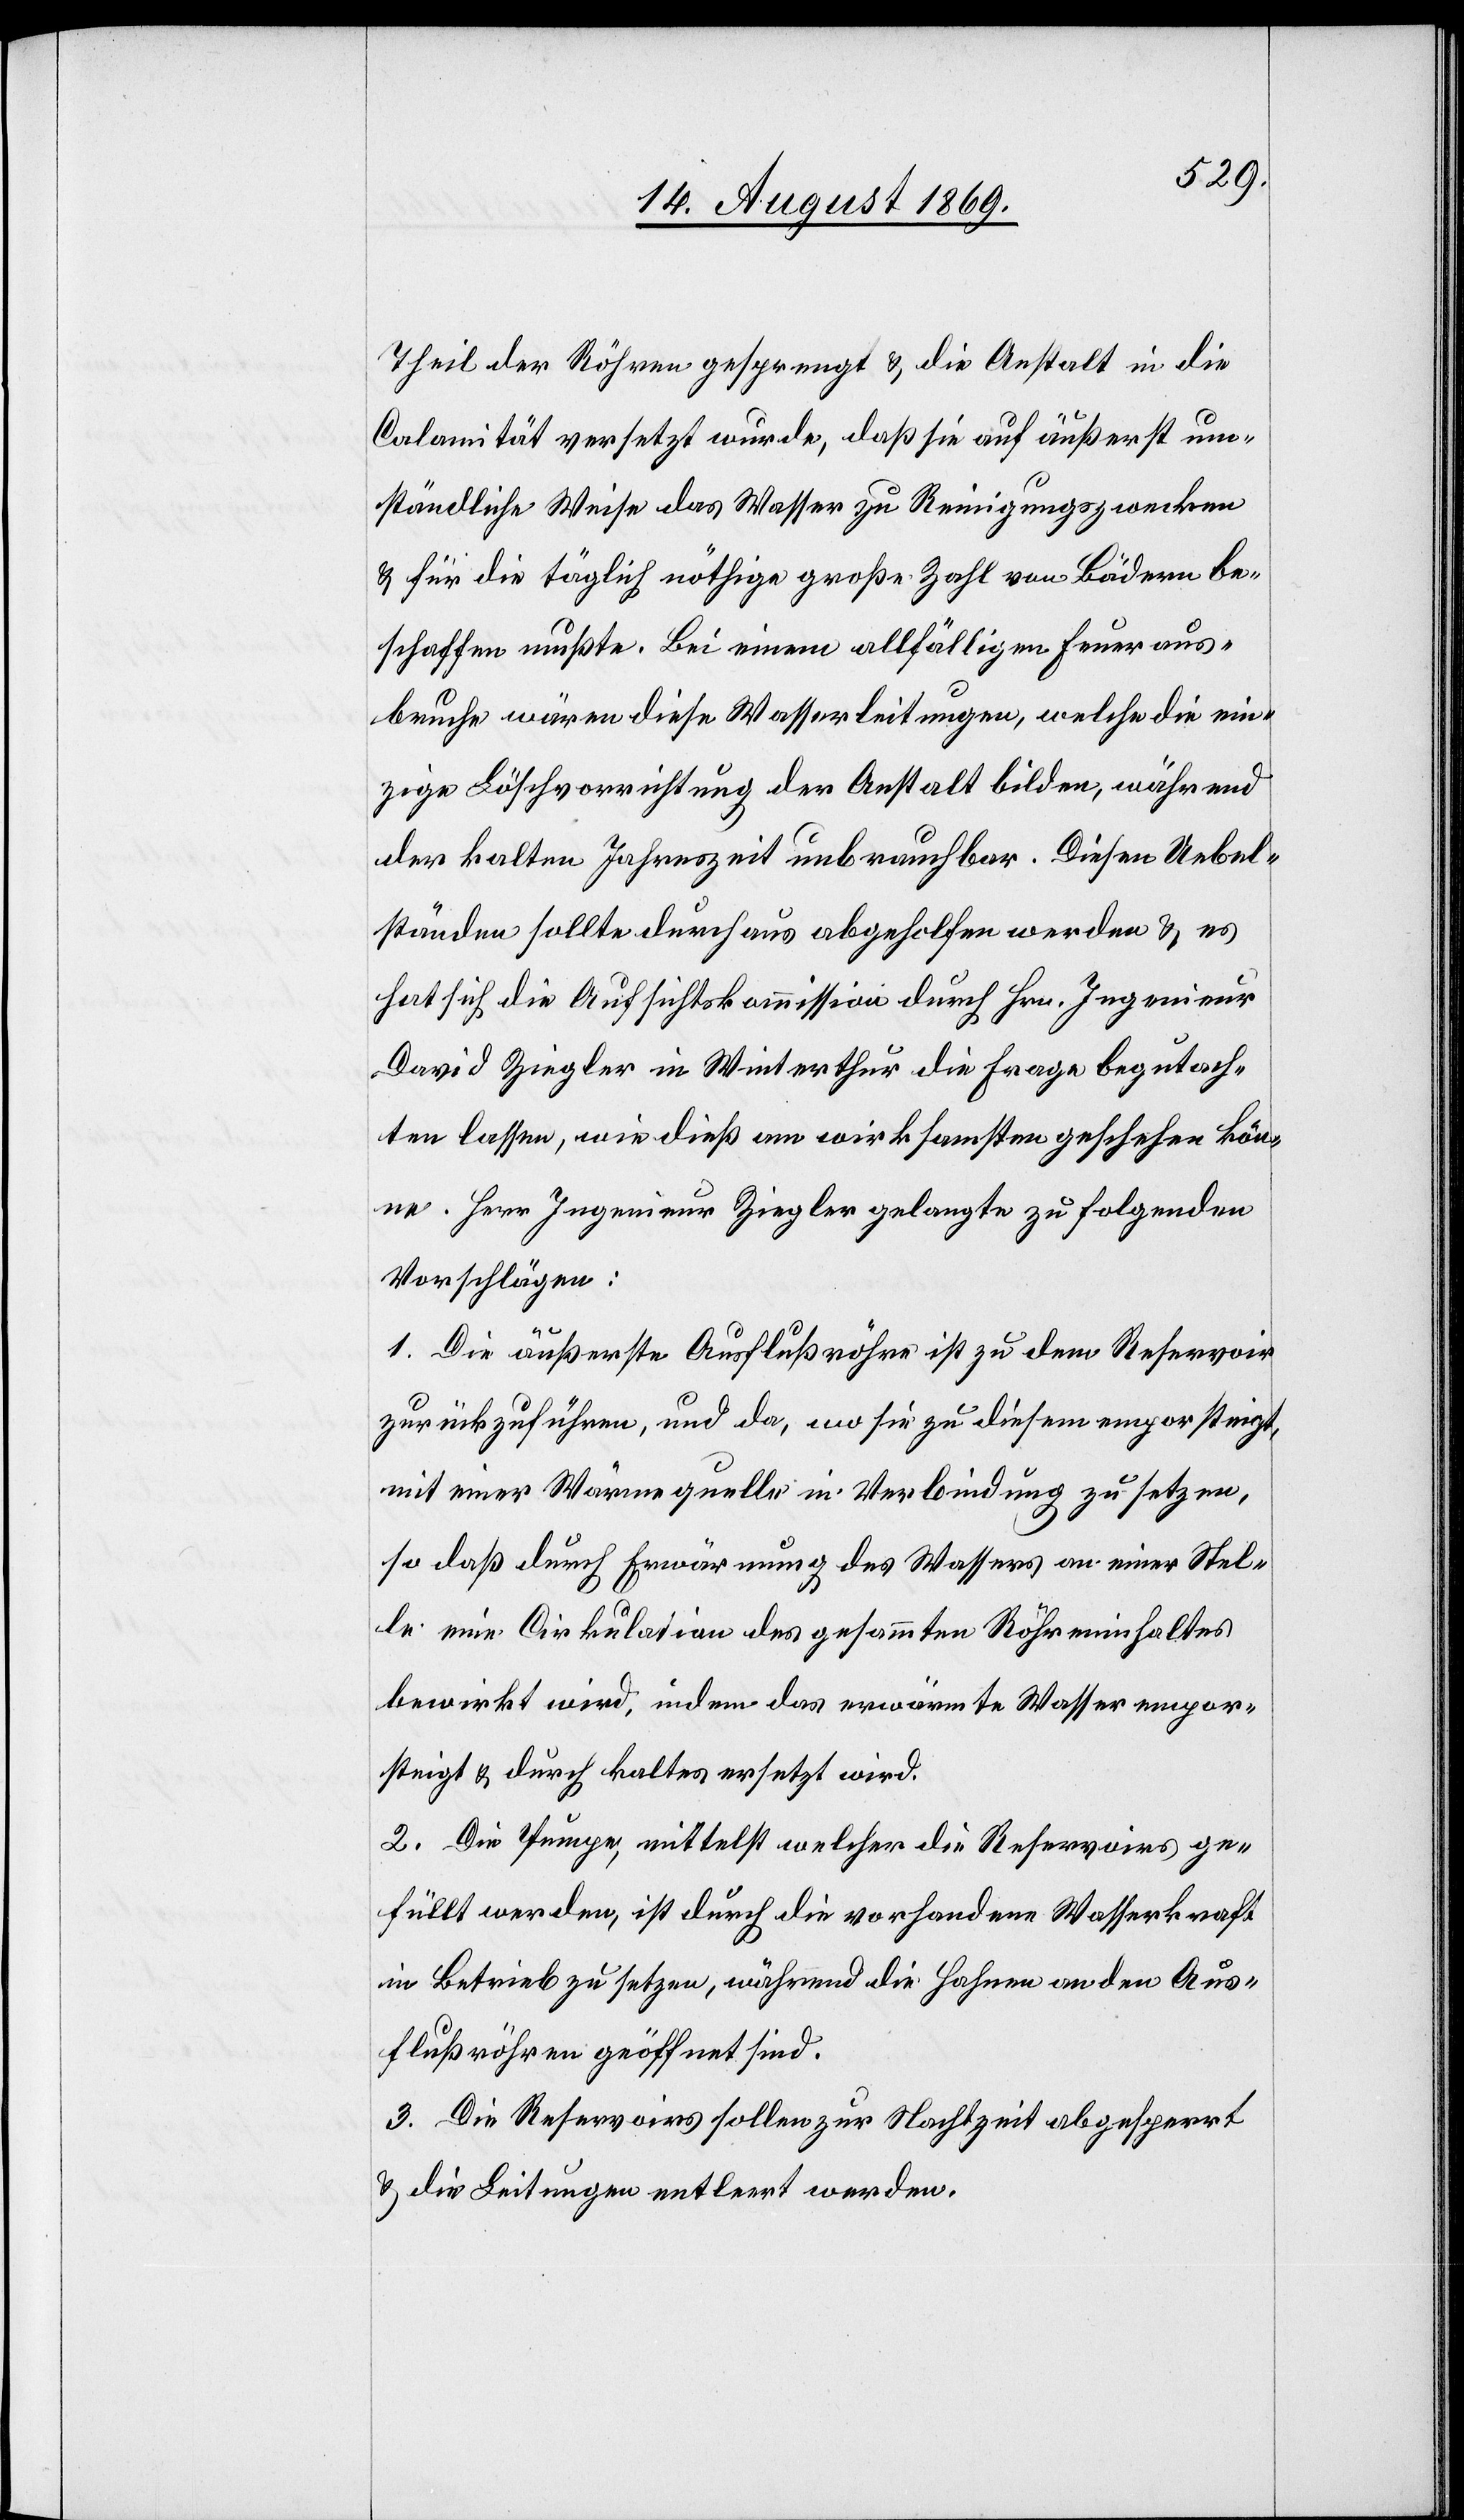
Theil der Röhren gesprengt & die Anstalt in die
Calamität versetzt wurde, daß sie auf äußerst um¬
ständliche Weise das Wasser zu Reinigungszwecken
& für die täglich nöthige große Zahl von Bädern be¬
schaffen mußte. Bei einem allfälligen Feueraus¬
bruche wären diese Wasserleitungen, welche die ein¬
zige Löschvorrichtung der Anstalt bilden, während
der kalten Jahreszeit unbrauchbar. Diesen Uebel¬
ständen sollte durchaus abgeholfen werden & es
hat sich die Aufsichtskommission durch Hrn. Ingenieur
David Ziegler in Winterthur die Frage begutach¬
ten lassen, wie dieß am wirksamsten geschehen kön¬
ne. Herr Ingenieur Ziegler gelangte zu folgenden
Vorschlägen:
1. Die äußerste Ausflußröhre ist zu dem Reservoir
zurückzuführen, und da, wo sie zu diesem emporsteigt,
mit einer Wärmequelle in Verbindung zu setzen,
so daß durch Erwärmung des Wassers an einer Stel¬
le eine Cirkulation des gesammten Röhreninhaltes
bewirkt wird, indem das erwärmte Wasser empor¬
steigt & durch kaltes ersetzt wird.
2. Die Pumpe, mittelst welcher die Reservoirs ge¬
füllt werden, ist durch die vorhandene Wasserkraft
in Betrieb zu setzen, während die Hahnen an den Aus¬
flußröhren geöffnet sind.
3. Die Reservoirs sollen zur Nachtzeit abgesperrt
& die Leitungen entleert werden.